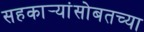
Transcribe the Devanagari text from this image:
सहकार्‍यांसोबतच्या